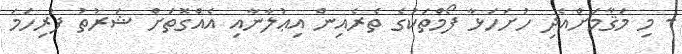
- މި މަޤާމަށްއެދި ހުށަހަޅާ ފޯމްތަކުގެ ތެރެއިން އިޢުލާނާއި އެއްގޮތަށް ޝަރުތު ފުރިހަމަ